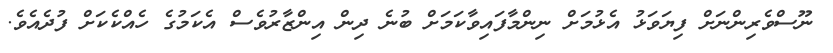
ނޫސްވެރިންނަށް ފިޔަވަޅު އެޅުމަށް ނިންމާފައިވާކަމަށް ބުނެ ދިން އިންޒާރުވެސް އެކަމުގެ ހެއްކެކަށް ފުދެއެވެ.